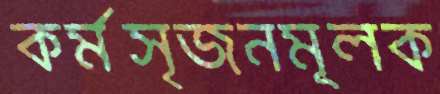
কর্মসৃজনমূলক